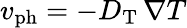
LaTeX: v_{\mathrm{ph}}=-D_{\mathrm{T}}\, \nabla T